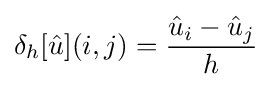
\delta _{h}[{\hat {u}}](i,j)={\frac {{\hat {u}}_{i}-{\hat {u}}_{j}}{h}}